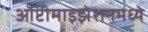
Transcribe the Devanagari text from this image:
ऑप्टीमाइझेशनमध्ये